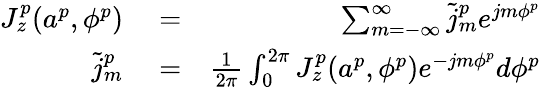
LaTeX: \begin{array}{rlr}{J_{z}^{p}(a^{p},\phi^{p})}&{{}=}&{\sum_{m=-\infty}^{\infty}\tilde{j}_{m}^{p}e^{jm\phi^{p}}}\\ {\tilde{j}_{m}^{p}}&{{}=}&{{\frac{1}{2\pi}}\int_{0}^{2\pi}J_{z}^{p}(a^{p},\phi^{p})e^{-jm\phi^{p}}d\phi^{p}}\end{array}